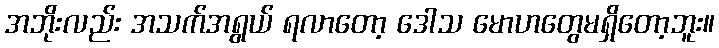
အဘိုးလည်း အသက်အရွယ် ရလာတော့ ဒေါသ မောဟတွေမရှိတော့ဘူး။